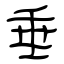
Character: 垂